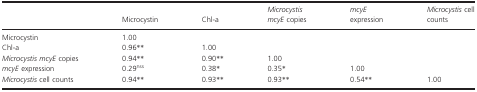
<table><thead><tr><td></td><td><b>Microcystin</b></td><td><b>Chl-a</b></td><td><b><i>Microcystis mcyE</i> copies</b></td><td><b><i>mcyE</i> expression</b></td><td><b><i>Microcystis</i> cell counts</b></td></tr></thead><tbody><tr><td>Microcystin</td><td>1.00</td><td></td><td></td><td></td><td></td></tr><tr><td>Chl-a</td><td>0.96**</td><td>1.00</td><td></td><td></td><td></td></tr><tr><td><i>Microcystis mcyE</i> copies</td><td>0.94**</td><td>0.90**</td><td>1.00</td><td></td><td></td></tr><tr><td><i>mcyE</i> expression</td><td>0.29<sup>nss</sup></td><td>0.38<sup>*</sup></td><td>0.35<sup>*</sup></td><td>1.00</td><td></td></tr><tr><td><i>Microcystis</i> cell counts</td><td>0.94**</td><td>0.93**</td><td>0.93**</td><td>0.54**</td><td>1.00</td></tr></tbody></table>